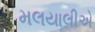
મલયાલીએ